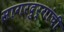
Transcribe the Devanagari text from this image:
सागरदुर्गांची